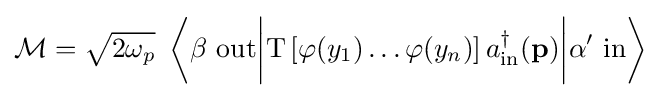
{\mathcal {M}}={\sqrt {2\omega _{p}}}\ \left\langle \beta \ \mathrm {out} {\bigg |}\mathrm {T} \left[\varphi (y_{1})\ldots \varphi (y_{n})\right]a_{\mathrm {in} }^{\dagger }(\mathbf {p} ){\bigg |}\alpha '\ \mathrm {in} \right\rangle